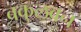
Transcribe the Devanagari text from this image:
बकुलवन